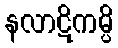
နလာဋိကမ္ပိ